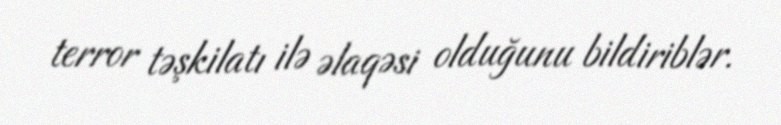
terror təşkilatı ilə əlaqəsi olduğunu bildiriblər.